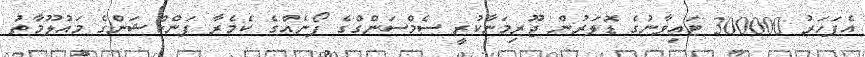
އެފަހަރު 300000 ޓައިވާނުގެ ޑޮލަރުން ޖޫރިމަނާކުރީ ސެމްސަންގްގެ ފޯނެއްގެ ކެމެރާ ފަންކްޝަންގެ މައުލޫމާތު